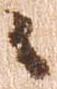
々